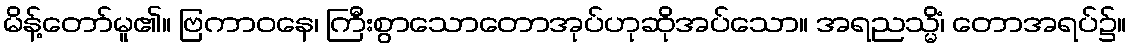
မိန့်တော်မူ၏။ ဗြကာဝနေ၊ ကြီးစွာသောတောအုပ်ဟုဆိုအပ်သော။ အရညသ္မိံ၊ တောအရပ်၌။